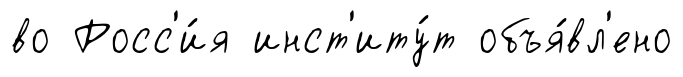
во Росс'и́я инст'иту́т объя́вл'ено